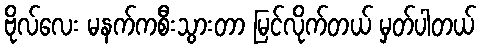
ဗိုလ်လေး မနက်ကစီးသွားတာ မြင်လိုက်တယ် မှတ်ပါတယ်